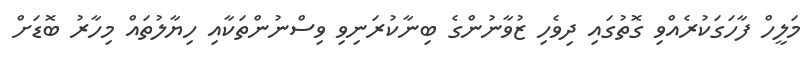
މަލީހް ފާހަގަކުރެއްވި ގޮތުގައި ދިވެހި ޒުވާނުންގެ ބިނާކުރަނިވި ވިސްނުންތަކާއި ހިޔާލުތައް މިހާރު ބޮޑަށް